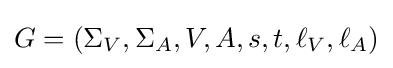
G=(\Sigma _{V},\Sigma _{A},V,A,s,t,\ell _{V},\ell _{A})